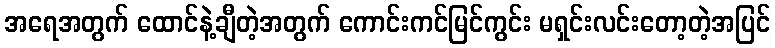
အရေအတွက် ထောင်နဲ့ချီတဲ့အတွက် ကောင်းကင်မြင်ကွင်း မရှင်းလင်းတော့တဲ့အပြင်